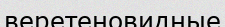
веретеновидные